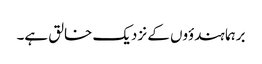
برہما ہندؤوں کے نزدیک خالق ہے۔